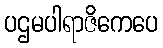
ပဌမပါရာဇိကေပေ